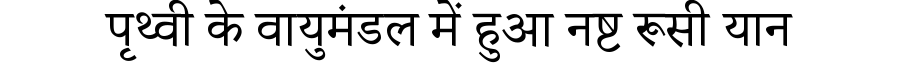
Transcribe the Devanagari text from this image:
पृथ्वी के वायुमंडल में हुआ नष्ट रूसी यान